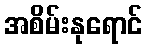
အစိမ်းနုရောင်